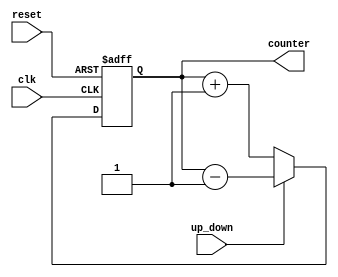
`timescale 1ns / 1ps
//////////////////////////////////////////////////////////////////////////////////
// Company: 
// Engineer: 
// 
// Design Name: 
// Module Name:    UPDOWNCOUNTER 
// Project Name: 
// Target Devices: 
// Tool versions: 
// Description: 
//
// Dependencies: 
//
// Revision: 
// Revision 0.01 - File Created
// Additional Comments: 
//
//////////////////////////////////////////////////////////////////////////////////
module UPDOWNCOUNTER(
input clk, reset,up_down, 
output[3:0]  counter
    );
reg [3:0] counter_up_down;

always @(posedge clk or posedge reset)
begin
if(reset)
 counter_up_down <= 4'h0;
else if(~up_down)
 counter_up_down <= counter_up_down + 4'd1;
else
 counter_up_down <= counter_up_down - 4'd1;
end 
assign counter = counter_up_down;
endmodule